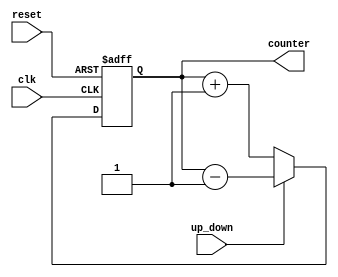
`timescale 1ns / 1ps
//////////////////////////////////////////////////////////////////////////////////
// Company: 
// Engineer: 
// 
// Design Name: 
// Module Name:    UPDOWNCOUNTER 
// Project Name: 
// Target Devices: 
// Tool versions: 
// Description: 
//
// Dependencies: 
//
// Revision: 
// Revision 0.01 - File Created
// Additional Comments: 
//
//////////////////////////////////////////////////////////////////////////////////
module UPDOWNCOUNTER(
input clk, reset,up_down, 
output[3:0]  counter
    );
reg [3:0] counter_up_down;

always @(posedge clk or posedge reset)
begin
if(reset)
 counter_up_down <= 4'h0;
else if(~up_down)
 counter_up_down <= counter_up_down + 4'd1;
else
 counter_up_down <= counter_up_down - 4'd1;
end 
assign counter = counter_up_down;
endmodule